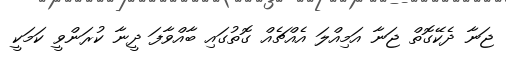
ޖަނާ ދެކޭގޮތް ޖަނާ އަމިއްލަ އެއްޗެއް ގޮތުގައި ބާއްވާފަ ދީނާ ކުރަންވީ ކަމަކީ